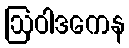
ဩဝါဒကေန